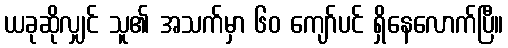
ယခုဆိုလျှင် သူ၏ အသက်မှာ ၆၀ ကျော်ပင် ရှိနေလောက်ပြီ။